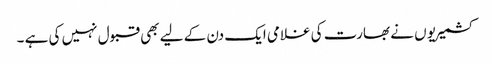
کشمیریو ں نے بھارت کی غلامی ایک دن کے لیے بھی قبول نہیں کی ہے ۔